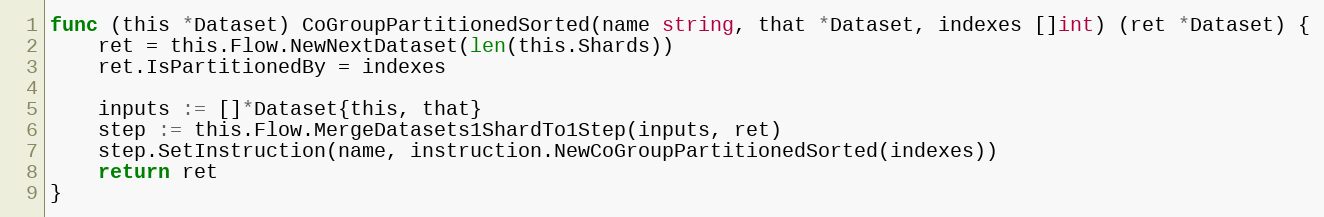
Language: Go
func (this *Dataset) CoGroupPartitionedSorted(name string, that *Dataset, indexes []int) (ret *Dataset) {
	ret = this.Flow.NewNextDataset(len(this.Shards))
	ret.IsPartitionedBy = indexes

	inputs := []*Dataset{this, that}
	step := this.Flow.MergeDatasets1ShardTo1Step(inputs, ret)
	step.SetInstruction(name, instruction.NewCoGroupPartitionedSorted(indexes))
	return ret
}